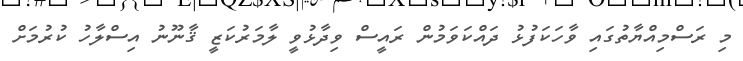
މި ރަސްމިއްޔާތުގައި ވާހަކަފުޅު ދައްކަވަމުން ރައީސް ވިދާޅުވީ ލާމަރުކަޒީ ޤާނޫނު އިސްލާހު ކުރުމަށް